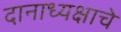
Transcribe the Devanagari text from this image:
दानाध्यक्षाचे